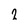
Character: 2